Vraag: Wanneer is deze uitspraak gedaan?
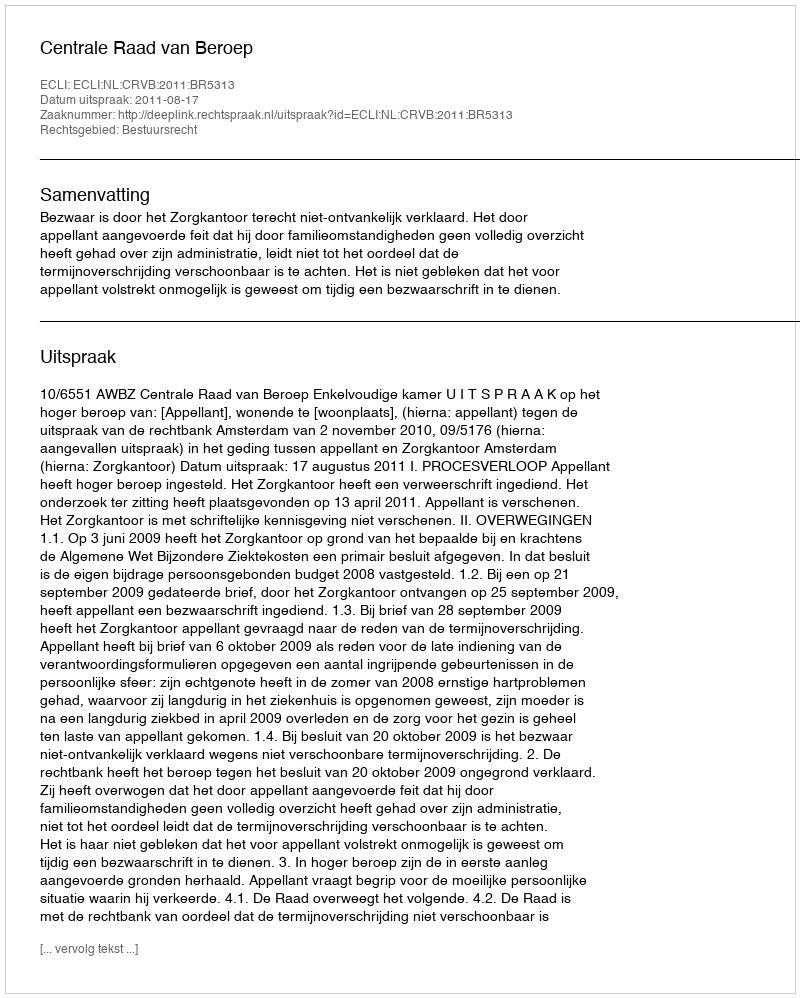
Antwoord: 2011-08-17